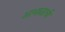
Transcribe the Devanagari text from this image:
आभाळाची